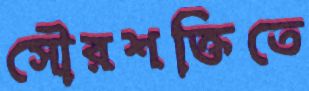
সৌরশক্তিতে